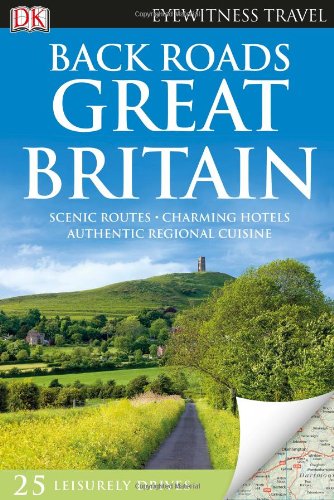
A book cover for Back Roads Great Britain (Eyewitness Travel Back Roads); DK Publishing; Travel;